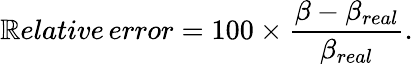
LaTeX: \mathbb{R}elative\, error=100\times\frac{{\beta-\beta_{real}}}{{\beta_{real}}}.